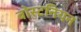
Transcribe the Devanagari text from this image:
बोस्टनियन